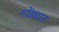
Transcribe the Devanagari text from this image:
गोंड्यात